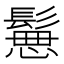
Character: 𩮪